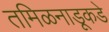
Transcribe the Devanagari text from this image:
तमिळनाडूकडे